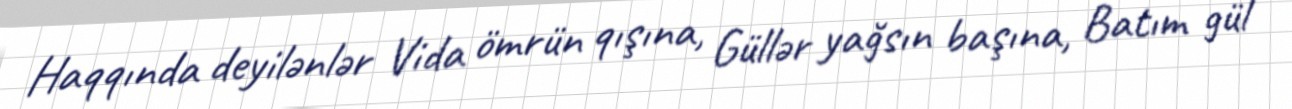
Haqqında deyilənlər Vida ömrün qışına, Güllər yağsın başına, Batım gül